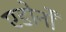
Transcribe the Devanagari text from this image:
एडोर्नों